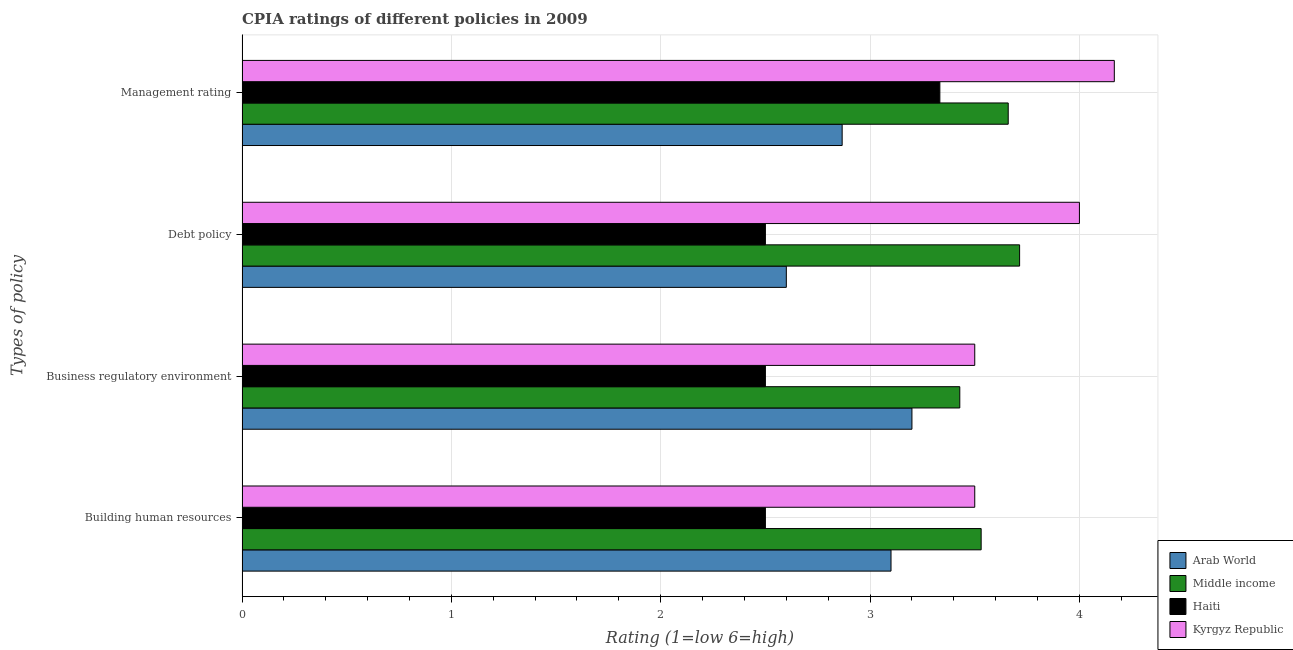
| Types of policy | Arab World | Middle income | Haiti | Kyrgyz Republic |
 | --- | --- | --- | --- | --- |
 | Building human resources | 3.1 | 3.53 | 2.5 | 3.5 |
 | Business regulatory environment | 3.2 | 3.43 | 2.5 | 3.5 |
 | Debt policy | 2.6 | 3.71 | 2.5 | 4 |
 | Management rating | 2.87 | 3.66 | 3.33 | 4.17 |